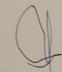
Signature authenticity: forged